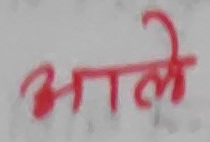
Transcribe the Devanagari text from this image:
आले